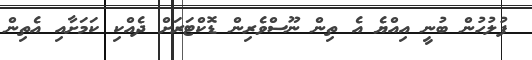
ފުލުހުން ބުނީ އިއްޔެ އެ ތިން ނޫސްވެރިން ޑޮކްޓަރަށް ދެއްކި ކަމަށާއި އެތިން